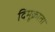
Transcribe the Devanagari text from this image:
दिमूक्राता